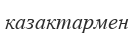
казактармен